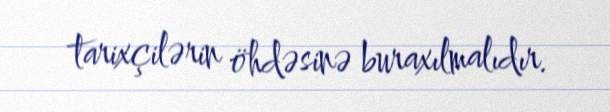
tarixçilərin öhdəsinə buraxılmalıdır.